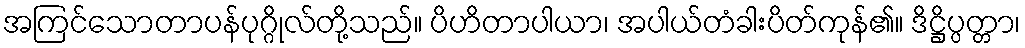
အကြင်သောတာပန်ပုဂ္ဂိုလ်တို့သည်။ ပိဟိတာပါယာ၊ အပါယ်တံခါးပိတ်ကုန်၏။ ဒိဋ္ဌိပ္ပတ္တာ၊